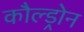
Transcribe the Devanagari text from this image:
कौल्ड्रोन